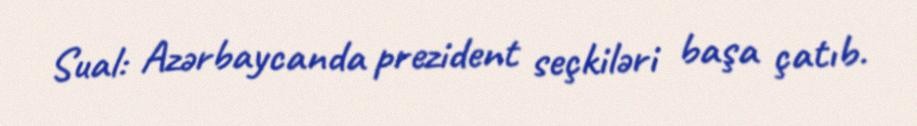
Sual: Azərbaycanda prezident seçkiləri başa çatıb.